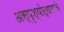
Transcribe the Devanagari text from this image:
अस्पृश्योद्धाराचे